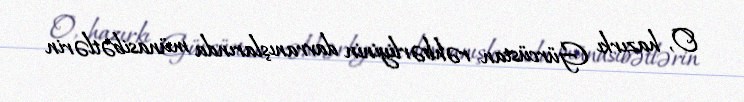
O, hazırkı Gürcüstan rəhbərliyinin davranışlarında münasibətlərin